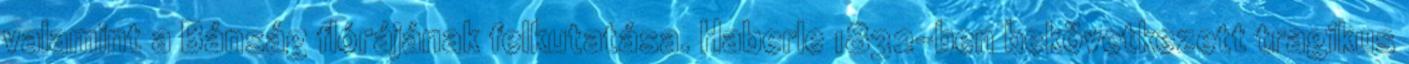
valamint a Bánság flórájának felkutatása. Haberle 1832-ben bekövetkezett tragikus